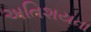
અતિશયતા